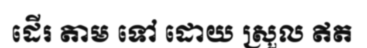
ដើរ តាម ទៅ ដោយ ស្រួល ឥត